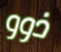
ذوو